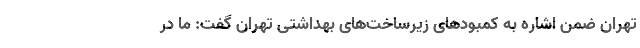
تهران ضمن اشاره به کمبودهای زیرساخت‌های بهداشتی تهران گفت: ما در